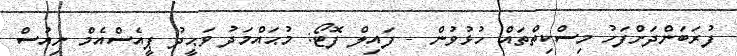
ފުރަބަންދަށްފަހު މިސްކިތްތައް ހުޅުވުން - ފައިލް ފޮޓޯ: މުޙައްމަދު ވަޙީދު ޕީއެސްއެމް ނިއުސް